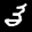
Digit: 3